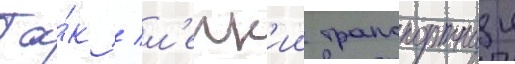
Та́к / л'егк'ии транспортныи